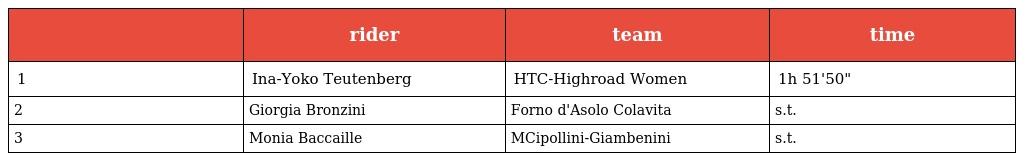
|  | rider | team | time |
 | --- | --- | --- | --- |
 | 1 | Ina-Yoko Teutenberg | HTC-Highroad Women | 1h 51'50" |
 | 2 | Giorgia Bronzini | Forno d'Asolo Colavita | s.t. |
 | 3 | Monia Baccaille | MCipollini-Giambenini | s.t. |